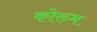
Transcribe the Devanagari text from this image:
कोरुम